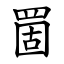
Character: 䍛